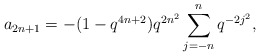
\begin{align*} a_{2n+1} = -(1-q^{4n+2})q^{2n^2}\sum_{j=-n}^{n} q^{-2j^2},\end{align*}